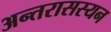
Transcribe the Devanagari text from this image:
अन्तरासस्यन